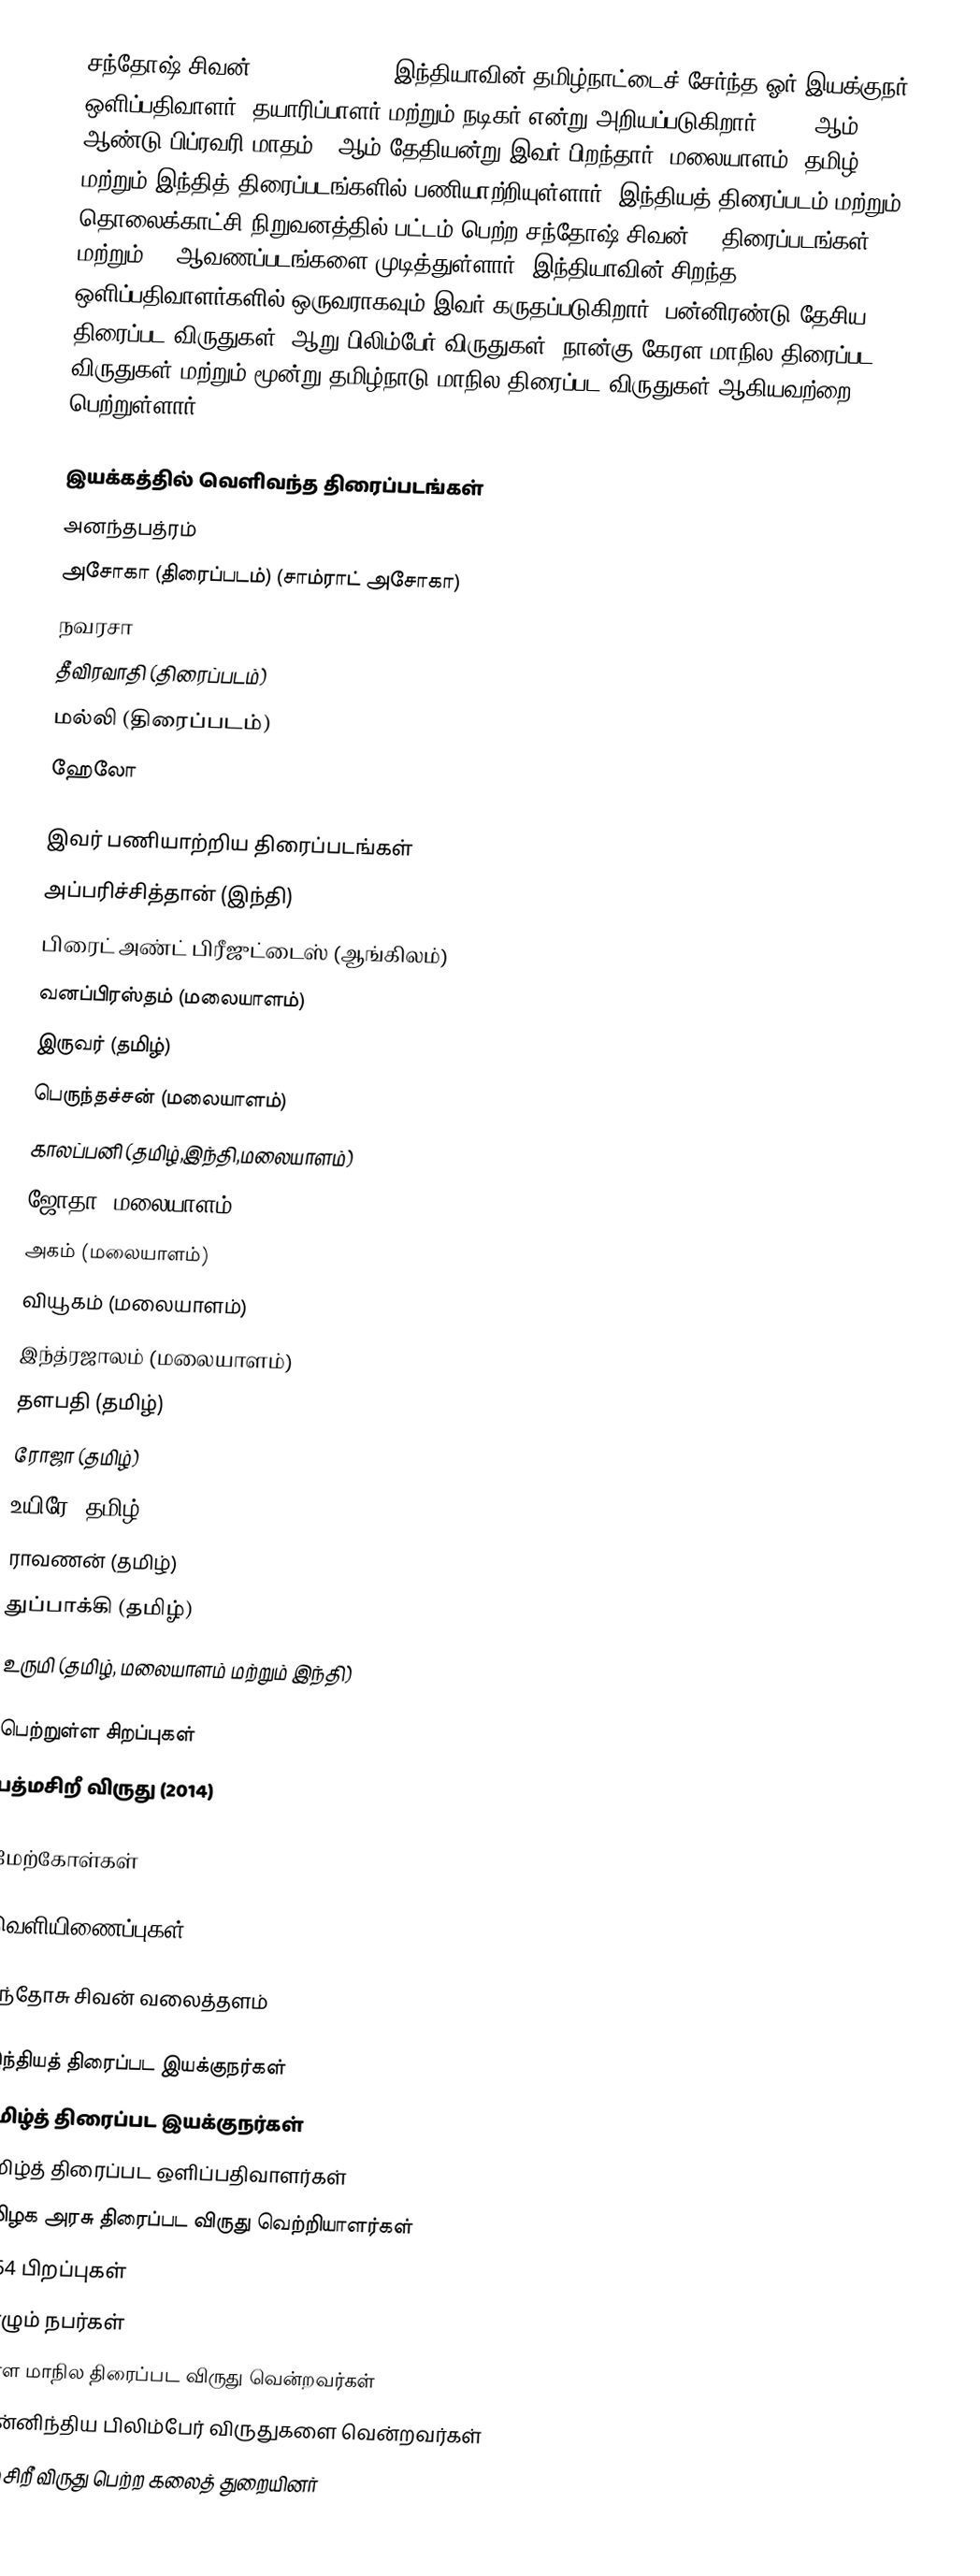
சந்தோஷ் சிவன் (Santosh Sivan) இந்தியாவின் தமிழ்நாட்டைச் சேர்ந்த ஓர் இயக்குநர்,  ஒளிப்பதிவாளர், தயாரிப்பாளர் மற்றும் நடிகர் என்று அறியப்படுகிறார். 1964 ஆம் ஆண்டு பிப்ரவரி மாதம் 8 ஆம் தேதியன்று இவர் பிறந்தார். மலையாளம், தமிழ் மற்றும் இந்தித் திரைப்படங்களில் பணியாற்றியுள்ளார். இந்தியத் திரைப்படம் மற்றும் தொலைக்காட்சி நிறுவனத்தில்  பட்டம் பெற்ற சந்தோஷ் சிவன் 55 திரைப்படங்கள் மற்றும் 50 ஆவணப்படங்களை முடித்துள்ளார். இந்தியாவின் சிறந்த ஒளிப்பதிவாளர்களில் ஒருவராகவும் இவர் கருதப்படுகிறார். பன்னிரண்டு தேசிய திரைப்பட விருதுகள், ஆறு பிலிம்பேர் விருதுகள், நான்கு கேரள மாநில திரைப்பட விருதுகள் மற்றும் மூன்று தமிழ்நாடு மாநில திரைப்பட விருதுகள் ஆகியவற்றை பெற்றுள்ளார்.

இயக்கத்தில் வெளிவந்த திரைப்படங்கள்
 அனந்தபத்ரம்
 அசோகா (திரைப்படம்) (சாம்ராட் அசோகா)
 நவரசா
 தீவிரவாதி (திரைப்படம்)
 மல்லி (திரைப்படம்)
 ஹேலோ

இவர் பணியாற்றிய திரைப்படங்கள்
 அப்பரிச்சித்தான் (இந்தி)
 பிரைட் அண்ட் பிரீஜுட்டைஸ் (ஆங்கிலம்)
 வனப்பிரஸ்தம் (மலையாளம்)
 இருவர் (தமிழ்)
 பெருந்தச்சன் (மலையாளம்)
 காலப்பனி (தமிழ்,இந்தி,மலையாளம்)
 ஜோதா (மலையாளம்)
 அகம் (மலையாளம்)
 வியூகம் (மலையாளம்)
 இந்த்ரஜாலம் (மலையாளம்)
 தளபதி (தமிழ்)
 ரோஜா (தமிழ்)
 உயிரே (தமிழ்)
 ராவணன் (தமிழ்)
 துப்பாக்கி (தமிழ்)
 உருமி (தமிழ், மலையாளம் மற்றும் இந்தி)

பெற்றுள்ள சிறப்புகள்
 பத்மசிறீ விருது (2014)

மேற்கோள்கள்

வெளியிணைப்புகள்

சந்தோசு சிவன் வலைத்தளம்

இந்தியத் திரைப்பட இயக்குநர்கள்
தமிழ்த் திரைப்பட இயக்குநர்கள்
தமிழ்த் திரைப்பட ஒளிப்பதிவாளர்கள்
தமிழக அரசு திரைப்பட விருது வெற்றியாளர்கள்
1964 பிறப்புகள்
வாழும் நபர்கள்
கேரள மாநில திரைப்பட விருது வென்றவர்கள்
தென்னிந்திய பிலிம்பேர் விருதுகளை வென்றவர்கள்
பத்மசிறீ விருது பெற்ற கலைத் துறையினர்